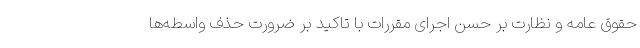
حقوق عامه و نظارت بر حسن اجرای مقررات با تاکید بر ضرورت حذف واسطه‌ها